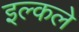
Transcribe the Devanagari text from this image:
इल्कले